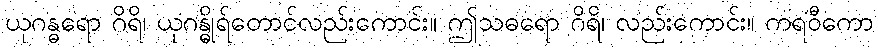
ယုဂန္ဓရော ဂိရိ၊ ယုဂန္ဓိုရ်တောင်လည်းကောင်း။ ဤသဓရော ဂိရိ၊ လည်းကောင်း။ ကရဝီကော